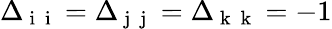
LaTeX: \Delta_{{\mathrm{~i~}}{\mathrm{~i~}}}=\Delta_{{\mathrm{~j~}}{\mathrm{~j~}}}=\Delta_{{\mathrm{~k~}}{\mathrm{~k~}}}=-1